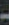
-